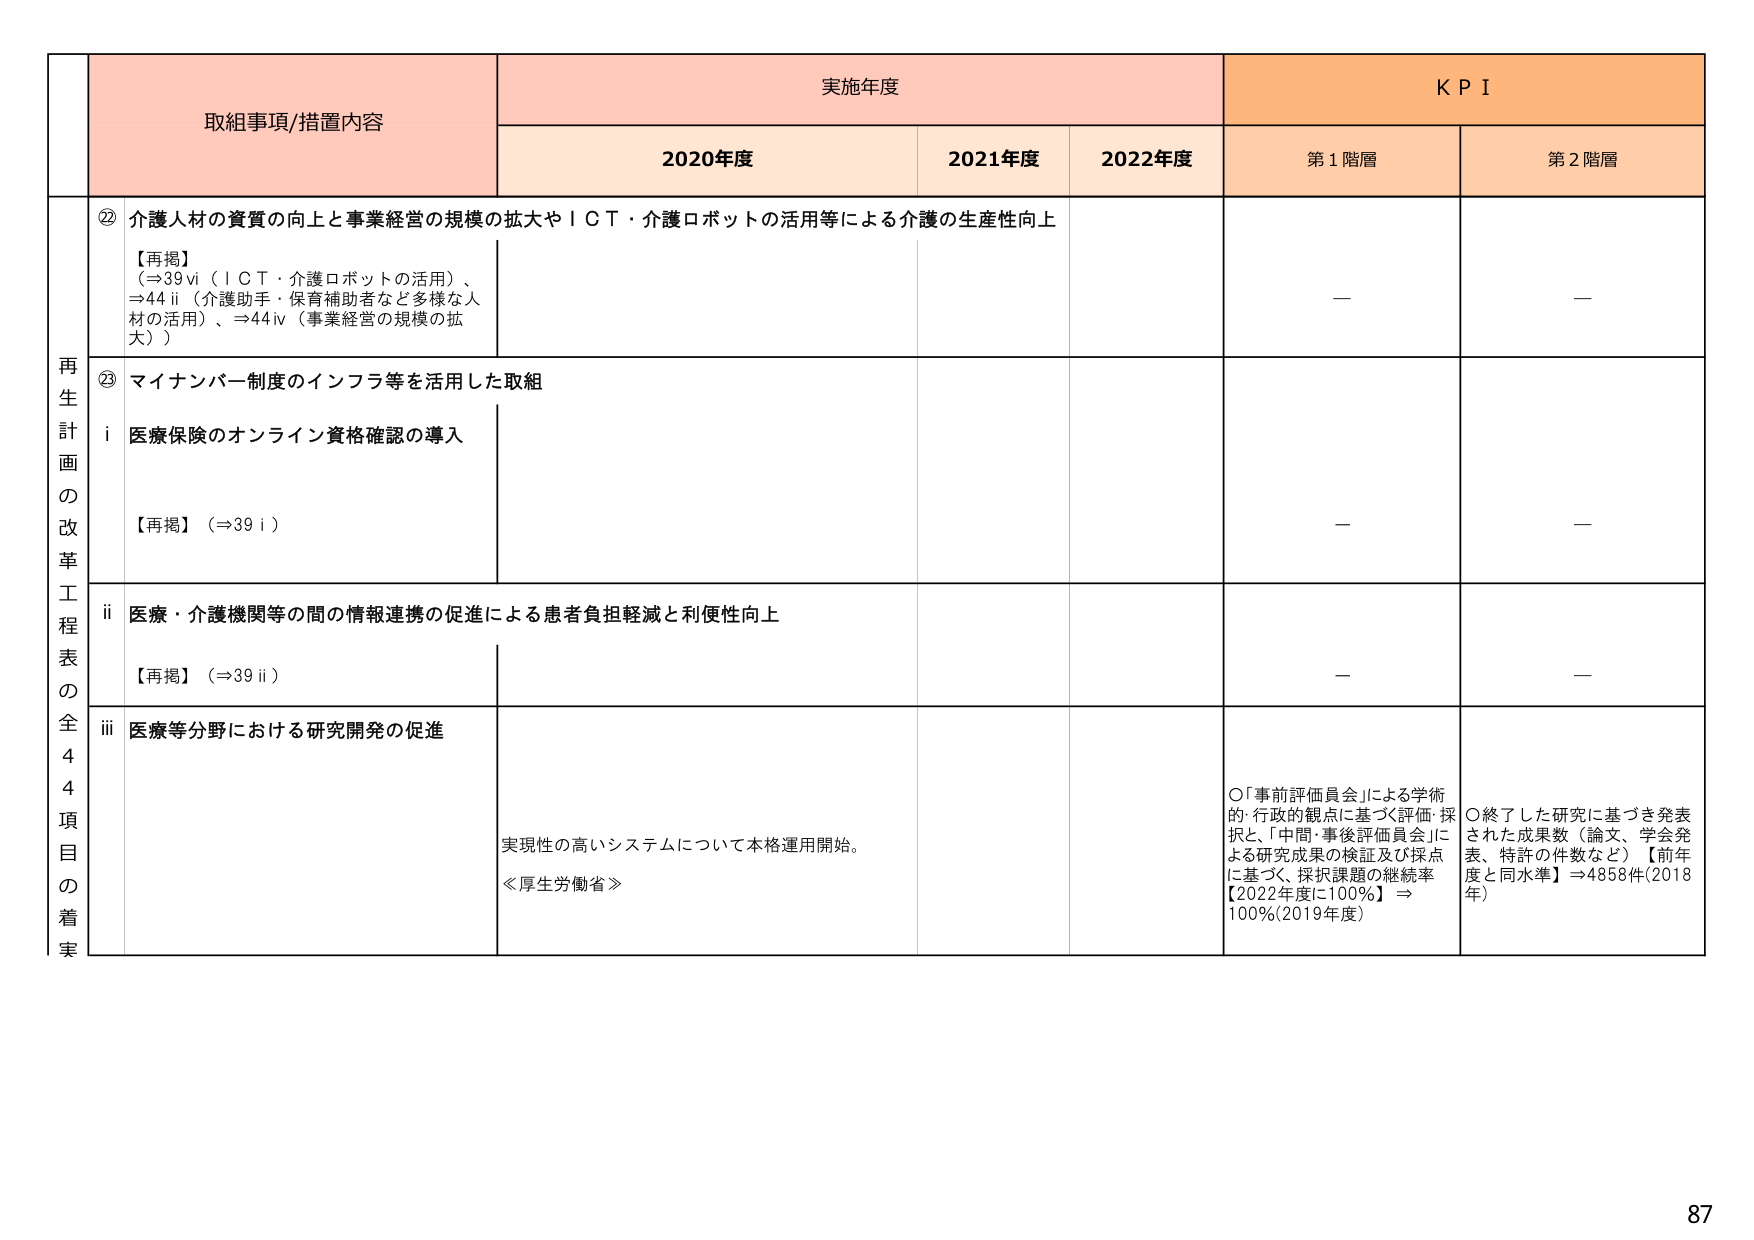
取組事項/措置内容
実施年度
KPI
2020年度
2021年度
2022年度
第1階層
第2階層
再生計画の改革工程表の全44項目の着実
⑫ 介護人材の資質の向上と事業経営の規模の拡大やＩＣＴ・介護ロボットの活用等による介護の生産性向上
【再掲】
（⇒39ⅵ（ＩＣＴ・介護ロボットの活用）、
⇒44ⅱ（介護助手・保育補助者など多様な人材の活用）、⇒44ⅳ（事業経営の規模の拡大））
－
－
⑬ マイナンバー制度のインフラ等を活用した取組
ⅰ 医療保険のオンライン資格確認の導入
【再掲】（⇒39ⅰ）
－
－
ⅱ 医療・介護機関等の間の情報連携の促進による患者負担軽減と利便性向上
【再掲】（⇒39ⅱ）
－
－
ⅲ 医療等分野における研究開発の促進
実現性の高いシステムについて本格運用開始。
≪厚生労働省≫
○「事前評価員会」による学術的・行政的観点に基づく評価・採択と、「中間・事後評価員会」による研究成果の検証及び採点に基づく、採択課題の継続率【2022年度に100％】⇒100％（2019年度）
○終了した研究に基づき発表された成果数（論文、学会発表、特許の件数など）【前年度と同水準】⇒4858件（2018年）
87